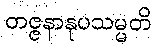
တဇ္ဇနာနုပသမ္မတိ